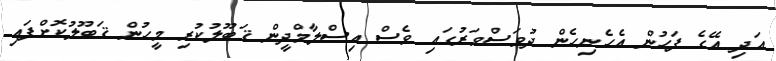
އަދި އޭގެ ފަހުން އެހެނިހެން ދުވަސްވަރުގައި ވެސް އިސްލާމްދީން ޤަބޫލުކުރި މީހުން ޤަބޫލުކޮށްފައި